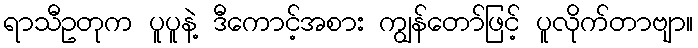
ရာသီဥတုက ပူပူနဲ့ ဒီကောင့်အစား ကျွန်တော်ဖြင့် ပူလိုက်တာဗျာ။